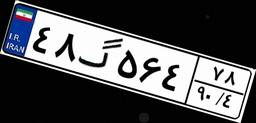
۳۱گ۹۳۴۱۹